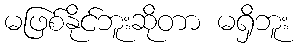
မဖြစ်နိုင်ဘူးဆိုတာ မရှိဘူး